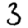
Digit: 3